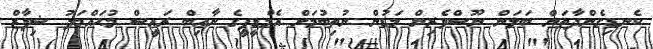
ކެނޑިގެންދާތަން ބަލަން ނޫސްވެރިން މަޑުން ނުތިބުމަށް އެމްޑީޕީގެ ނާއިބް ރައީސް މުޙައްމަދު ޝިފާޒް